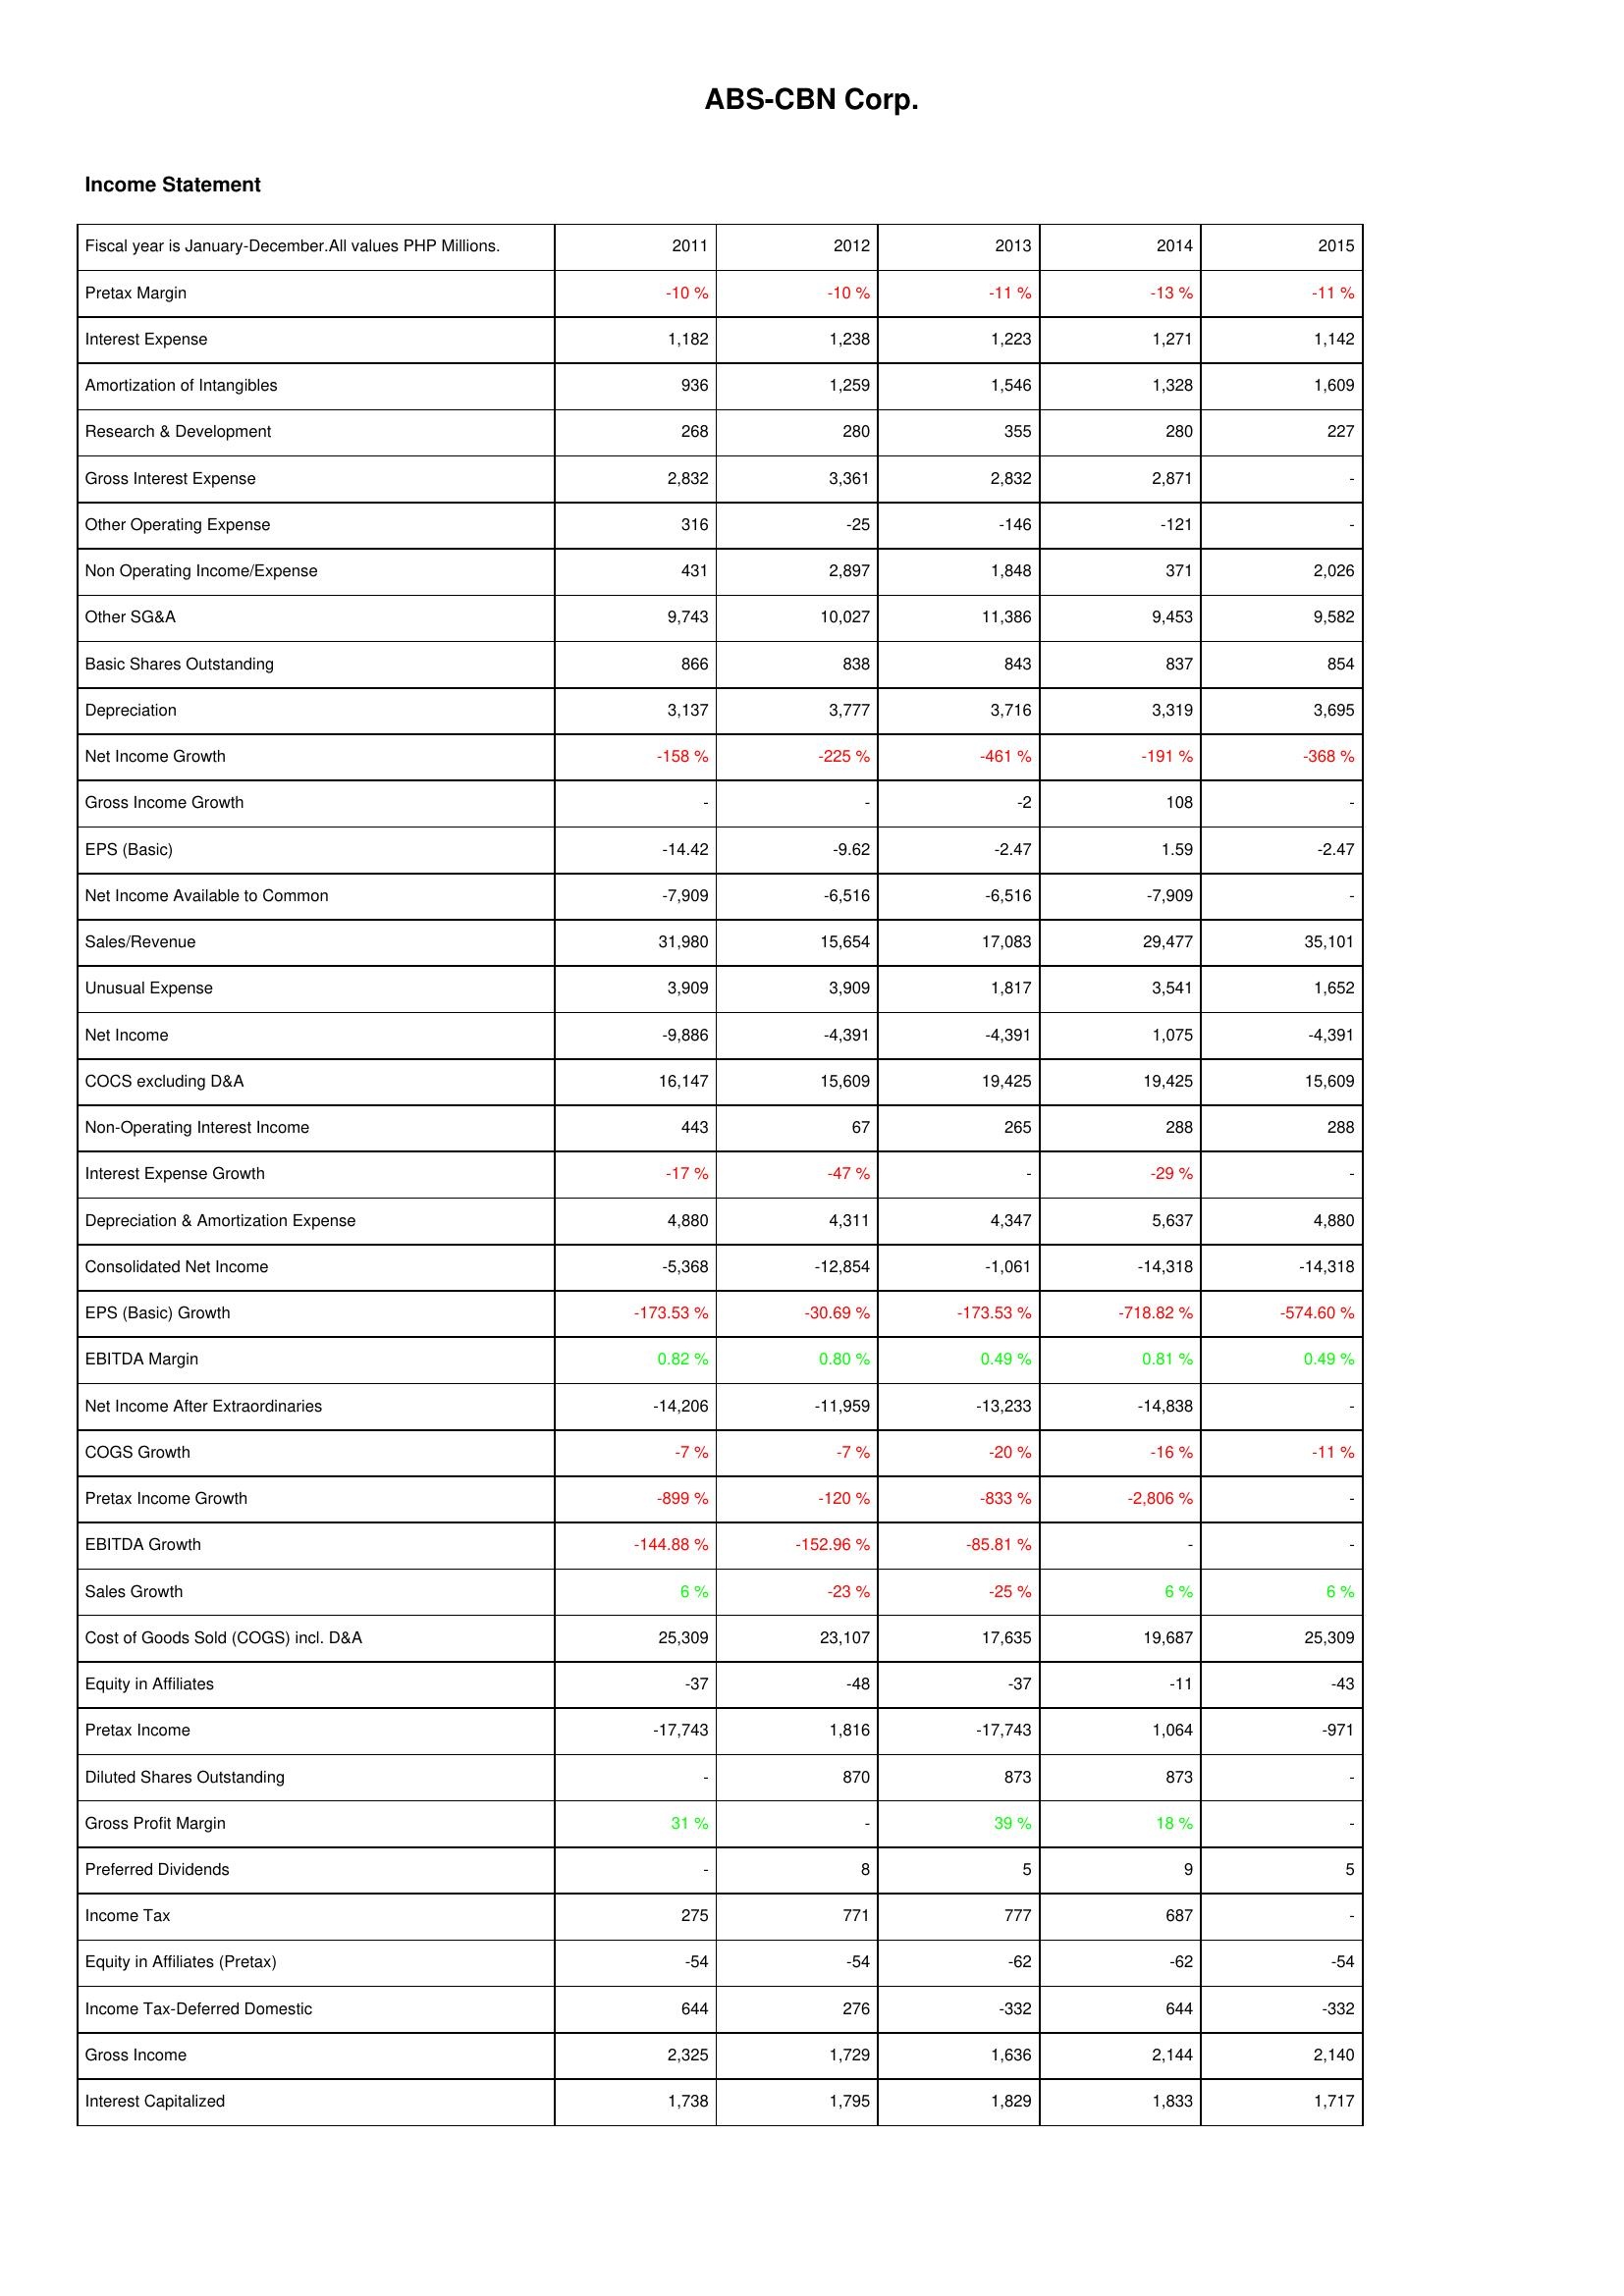
2011: Income Statement: Pretax Margin: -10 %
Interest Expense: 1,182
Amortization of Intangibles: 936
Research & Development: 268
Gross Interest Expense: 2,832
Other Operating Expense: 316
Non Operating Income/Expense: 431
Other SG&A: 9,743
Basic Shares Outstanding: 866
Depreciation: 3,137
Net Income Growth: -158 %
Gross Income Growth: -
EPS (Basic): -14.42
Net Income Available to Common: -7,909
Sales/Revenue: 31,980
Unusual Expense: 3,909
Net Income: -9,886
COCS excluding D&A: 16,147
Non-Operating Interest Income: 443
Interest Expense Growth: -17 %
Depreciation & Amortization Expense: 4,880
Consolidated Net Income: -5,368
EPS (Basic) Growth: -173.53 %
EBITDA Margin: 0.82 %
Net Income After Extraordinaries: -14,206
COGS Growth: -7 %
Pretax Income Growth: -899 %
EBITDA Growth: -144.88 %
Sales Growth: 6 %
Cost of Goods Sold (COGS) incl. D&A: 25,309
Equity in Affiliates: -37
Pretax Income: -17,743
Diluted Shares Outstanding: -
Gross Profit Margin: 31 %
Preferred Dividends: -
Income Tax: 275
Equity in Affiliates (Pretax): -54
Income Tax-Deferred Domestic: 644
Gross Income: 2,325
Interest Capitalized: 1,738
2012: Income Statement: Pretax Margin: -10 %
Interest Expense: 1,238
Amortization of Intangibles: 1,259
Research & Development: 280
Gross Interest Expense: 3,361
Other Operating Expense: -25
Non Operating Income/Expense: 2,897
Other SG&A: 10,027
Basic Shares Outstanding: 838
Depreciation: 3,777
Net Income Growth: -225 %
Gross Income Growth: -
EPS (Basic): -9.62
Net Income Available to Common: -6,516
Sales/Revenue: 15,654
Unusual Expense: 3,909
Net Income: -4,391
COCS excluding D&A: 15,609
Non-Operating Interest Income: 67
Interest Expense Growth: -47 %
Depreciation & Amortization Expense: 4,311
Consolidated Net Income: -12,854
EPS (Basic) Growth: -30.69 %
EBITDA Margin: 0.80 %
Net Income After Extraordinaries: -11,959
COGS Growth: -7 %
Pretax Income Growth: -120 %
EBITDA Growth: -152.96 %
Sales Growth: -23 %
Cost of Goods Sold (COGS) incl. D&A: 23,107
Equity in Affiliates: -48
Pretax Income: 1,816
Diluted Shares Outstanding: 870
Gross Profit Margin: -
Preferred Dividends: 8
Income Tax: 771
Equity in Affiliates (Pretax): -54
Income Tax-Deferred Domestic: 276
Gross Income: 1,729
Interest Capitalized: 1,795
2013: Income Statement: Pretax Margin: -11 %
Interest Expense: 1,223
Amortization of Intangibles: 1,546
Research & Development: 355
Gross Interest Expense: 2,832
Other Operating Expense: -146
Non Operating Income/Expense: 1,848
Other SG&A: 11,386
Basic Shares Outstanding: 843
Depreciation: 3,716
Net Income Growth: -461 %
Gross Income Growth: -2
EPS (Basic): -2.47
Net Income Available to Common: -6,516
Sales/Revenue: 17,083
Unusual Expense: 1,817
Net Income: -4,391
COCS excluding D&A: 19,425
Non-Operating Interest Income: 265
Interest Expense Growth: -
Depreciation & Amortization Expense: 4,347
Consolidated Net Income: -1,061
EPS (Basic) Growth: -173.53 %
EBITDA Margin: 0.49 %
Net Income After Extraordinaries: -13,233
COGS Growth: -20 %
Pretax Income Growth: -833 %
EBITDA Growth: -85.81 %
Sales Growth: -25 %
Cost of Goods Sold (COGS) incl. D&A: 17,635
Equity in Affiliates: -37
Pretax Income: -17,743
Diluted Shares Outstanding: 873
Gross Profit Margin: 39 %
Preferred Dividends: 5
Income Tax: 777
Equity in Affiliates (Pretax): -62
Income Tax-Deferred Domestic: -332
Gross Income: 1,636
Interest Capitalized: 1,829
2014: Income Statement: Pretax Margin: -13 %
Interest Expense: 1,271
Amortization of Intangibles: 1,328
Research & Development: 280
Gross Interest Expense: 2,871
Other Operating Expense: -121
Non Operating Income/Expense: 371
Other SG&A: 9,453
Basic Shares Outstanding: 837
Depreciation: 3,319
Net Income Growth: -191 %
Gross Income Growth: 108
EPS (Basic): 1.59
Net Income Available to Common: -7,909
Sales/Revenue: 29,477
Unusual Expense: 3,541
Net Income: 1,075
COCS excluding D&A: 19,425
Non-Operating Interest Income: 288
Interest Expense Growth: -29 %
Depreciation & Amortization Expense: 5,637
Consolidated Net Income: -14,318
EPS (Basic) Growth: -718.82 %
EBITDA Margin: 0.81 %
Net Income After Extraordinaries: -14,838
COGS Growth: -16 %
Pretax Income Growth: -2,806 %
EBITDA Growth: -
Sales Growth: 6 %
Cost of Goods Sold (COGS) incl. D&A: 19,687
Equity in Affiliates: -11
Pretax Income: 1,064
Diluted Shares Outstanding: 873
Gross Profit Margin: 18 %
Preferred Dividends: 9
Income Tax: 687
Equity in Affiliates (Pretax): -62
Income Tax-Deferred Domestic: 644
Gross Income: 2,144
Interest Capitalized: 1,833
2015: Income Statement: Pretax Margin: -11 %
Interest Expense: 1,142
Amortization of Intangibles: 1,609
Research & Development: 227
Gross Interest Expense: -
Other Operating Expense: -
Non Operating Income/Expense: 2,026
Other SG&A: 9,582
Basic Shares Outstanding: 854
Depreciation: 3,695
Net Income Growth: -368 %
Gross Income Growth: -
EPS (Basic): -2.47
Net Income Available to Common: -
Sales/Revenue: 35,101
Unusual Expense: 1,652
Net Income: -4,391
COCS excluding D&A: 15,609
Non-Operating Interest Income: 288
Interest Expense Growth: -
Depreciation & Amortization Expense: 4,880
Consolidated Net Income: -14,318
EPS (Basic) Growth: -574.60 %
EBITDA Margin: 0.49 %
Net Income After Extraordinaries: -
COGS Growth: -11 %
Pretax Income Growth: -
EBITDA Growth: -
Sales Growth: 6 %
Cost of Goods Sold (COGS) incl. D&A: 25,309
Equity in Affiliates: -43
Pretax Income: -971
Diluted Shares Outstanding: -
Gross Profit Margin: -
Preferred Dividends: 5
Income Tax: -
Equity in Affiliates (Pretax): -54
Income Tax-Deferred Domestic: -332
Gross Income: 2,140
Interest Capitalized: 1,717